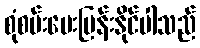
စုံစမ်းမေးမြန်းနိုင်ပါသည်